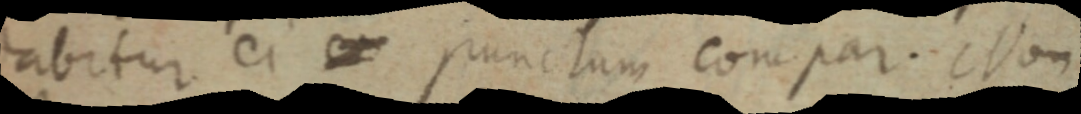
abitur ei punctum compar. Non